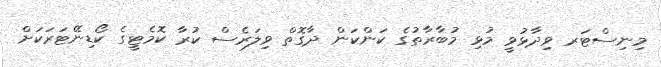
މިނިސްޓަރ ވިދާޅުވީ މުޅި މުބާރާތުގެ ކަންކަން ދާގޮތް ވިލަރެސް ކުރާ ކޮމެޓީގެ ކޯޑިނޭޓަރަކަށް